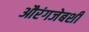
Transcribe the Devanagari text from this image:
औरंगजेबशी